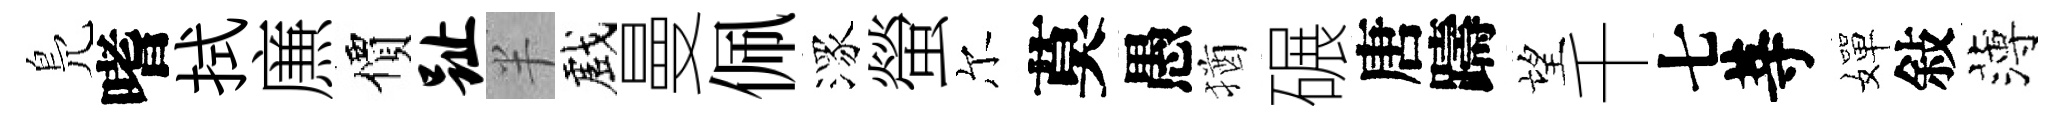
鳬嗜拭㢘價趾半戲曼佩潈螢尔莫愚猶碾唐躊望千七䓁嬋敍薄